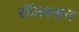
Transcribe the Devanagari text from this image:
रॉजरसन